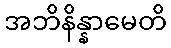
အဘိနိန္နာမေတိ